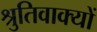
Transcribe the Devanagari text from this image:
श्रुतिवाक्यों